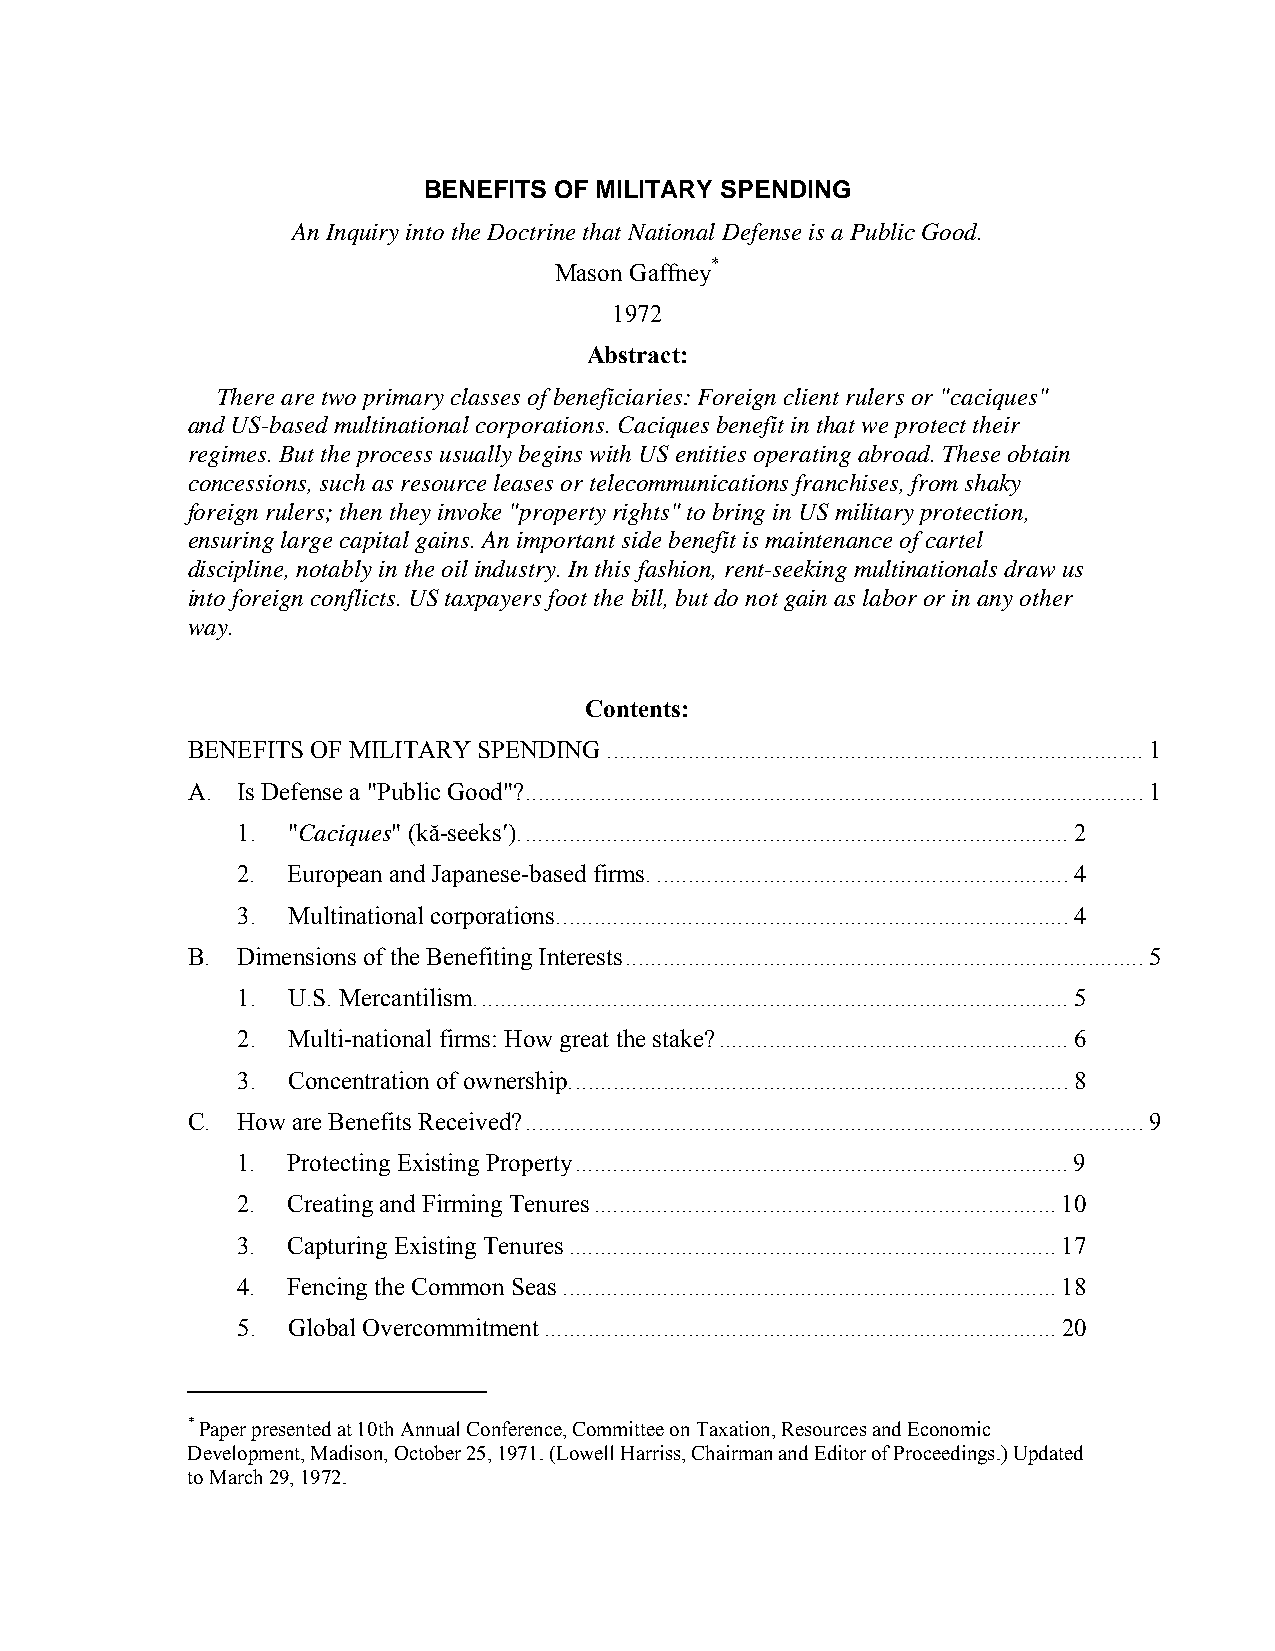
BENEFITS OF MILITARY SPENDING
 An Inquiry into the Doctrine that National Defense is a Public Good.
 Mason Gaffney*
 1972
 Abstract:
 There are two primary classes of beneficiaries: Foreign client rulers or "caciques"
 and US-based multinational corporations. Caciques benefit in that we protect their
 regimes. But the process usually begins with US entities operating abroad. These obtain
 concessions, such as resource leases or telecommunications franchises, from shaky
 foreign rulers; then they invoke "property rights" to bring in US military protection,
 ensuring large capital gains. An important side benefit is maintenance of cartel
 discipline, notably in the oil industry. In this fashion, rent-seeking multinationals draw us
 into foreign conflicts. US taxpayers foot the bill, but do not gain as labor or in any other
 way.
 Contents:
 BENEFITS OF MILITARY SPENDING......................................................................................1
 A.  Is Defense a "Public Good"?...................................................................................................1
 1. "Caciques" (kă-seeks′)........................................................................................2
 2. European and Japanese-based firms...................................................................4
 3. Multinational corporations..................................................................................4
 B.  Dimensions of the Benefiting Interests...................................................................................5
 1. U.S. Mercantilism...............................................................................................5
 2. Multi-national firms: How great the stake?........................................................6
 3. Concentration of ownership................................................................................8
 C.  How are Benefits Received?...................................................................................................9
 1. Protecting Existing Property...............................................................................9
 2. Creating and Firming Tenures..........................................................................10
 3. Capturing Existing Tenures..............................................................................17
 4. Fencing the Common Seas...............................................................................18
 5. Global Overcommitment..................................................................................20
 * Paper presented at 10th Annual Conference, Committee on Taxation, Resources and Economic
 Development, Madison, October 25, 1971. (Lowell Harriss, Chairman and Editor of Proceedings.) Updated
 to March 29, 1972.